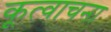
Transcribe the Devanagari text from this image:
कूत्वाचना